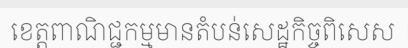
ខេត្តពាណិជ្ជកម្មមានតំបន់សេដ្ឋកិច្ចពិសេស